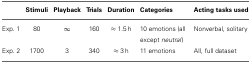
|  | Stimuli | Playback | Trials | Duration | Categories | Acting tasks used |
 | --- | --- | --- | --- | --- | --- | --- |
 | Exp. 1 | 80 | ∞ | 160 | ≈ 1.5 h | 10 emotions (all except neutral) | Nonverbal, solitary |
 | Exp. 2 | 1700 | 3 | 340 | ≈ 3 h | 11 emotions | All, full dataset |